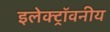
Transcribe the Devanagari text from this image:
इलेक्ट्रॉवनीय